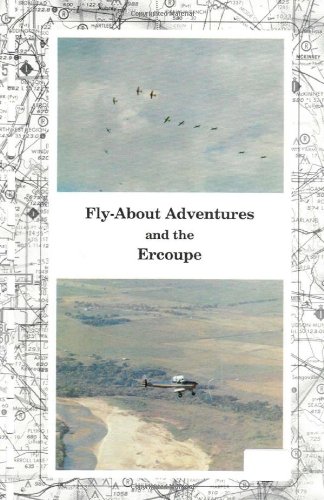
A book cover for Fly-About Adventures and the Ercoupe: Flying the "open cockpit convertable" Ercoupe; Paul R. Prentice; Sports & Outdoors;